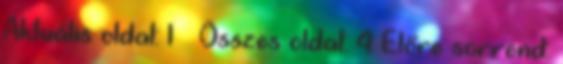
Aktuális oldal: 1 Összes oldal: 4 Előre sorrend: